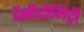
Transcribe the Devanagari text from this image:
डेंसीटोमिट्री